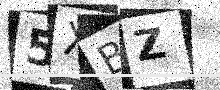
Text: 5XBZ